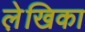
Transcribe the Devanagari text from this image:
ले़खिका